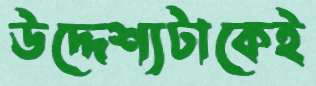
উদ্দেশ্যটাকেই